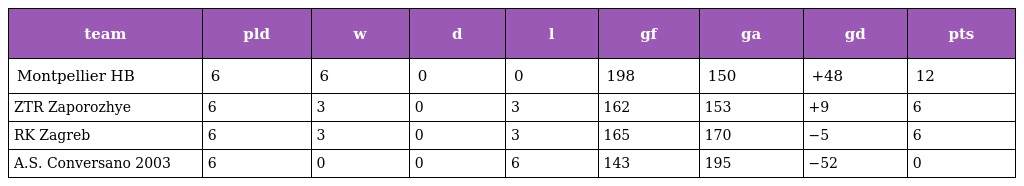
| team | pld | w | d | l | gf | ga | gd | pts |
 | --- | --- | --- | --- | --- | --- | --- | --- | --- |
 | Montpellier HB | 6 | 6 | 0 | 0 | 198 | 150 | +48 | 12 |
 | ZTR Zaporozhye | 6 | 3 | 0 | 3 | 162 | 153 | +9 | 6 |
 | RK Zagreb | 6 | 3 | 0 | 3 | 165 | 170 | −5 | 6 |
 | A.S. Conversano 2003 | 6 | 0 | 0 | 6 | 143 | 195 | −52 | 0 |